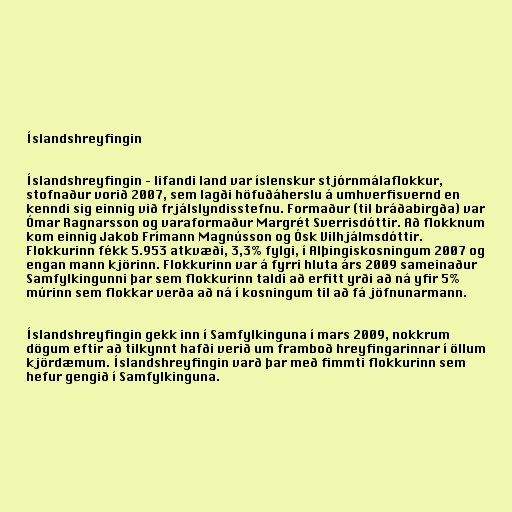
Íslandshreyfingin

Íslandshreyfingin – lifandi land var íslenskur stjórnmálaflokkur,
stofnaður vorið 2007, sem lagði höfuðáherslu á umhverfisvernd en
kenndi sig einnig við frjálslyndisstefnu. Formaður (til bráðabirgða) var
Ómar Ragnarsson og varaformaður Margrét Sverrisdóttir. Að flokknum
kom einnig Jakob Frímann Magnússon og Ósk Vilhjálmsdóttir.
Flokkurinn fékk 5.953 atkvæði, 3,3% fylgi, í Alþingiskosningum 2007 og
engan mann kjörinn. Flokkurinn var á fyrri hluta árs 2009 sameinaður
Samfylkingunni þar sem flokkurinn taldi að erfitt yrði að ná yfir 5%
múrinn sem flokkar verða að ná í kosningum til að fá jöfnunarmann.

Íslandshreyfingin gekk inn í Samfylkinguna í mars 2009, nokkrum
dögum eftir að tilkynnt hafði verið um framboð hreyfingarinnar í öllum
kjördæmum. Íslandshreyfingin varð þar með fimmti flokkurinn sem
hefur gengið í Samfylkinguna.